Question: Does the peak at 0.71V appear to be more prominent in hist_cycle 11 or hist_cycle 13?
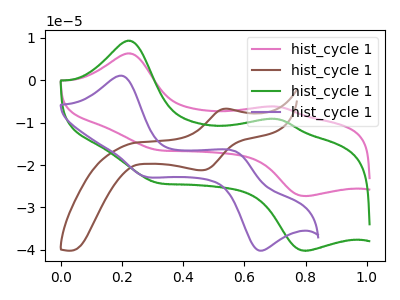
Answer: <think>The pink curve "hist_cycle 11" has anodic peaks at (0.25V, 6.35uA) (0.70V, -6.20uA) and cathodic peaks at (0.30V, -16.40uA) (0.80V, -27.35uA). The brown curve "hist_cycle 12" has an anodic peak at (0.55V, -6.70uA) and a cathodic peak at (0.45V, -21.25uA). The green curve "hist_cycle 13" has anodic peaks at (0.25V, 9.35uA) (0.70V, -9.15uA) and cathodic peaks at (0.30V, -24.15uA) (0.80V, -40.25uA). The purple curve "hist_cycle 14" has anodic peaks at (0.20V, 1.10uA) (0.60V, -17.00uA) and cathodic peaks at (0.25V, -22.60uA) (0.65V, -40.05uA).</think>
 <answer>The peak at 0.71V is higher in "hist_cycle 11" than in "hist_cycle 13".</answer>
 <eval>higher</eval>